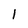
Character: 1